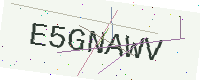
Text: E5GNAWV